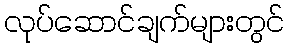
လုပ်ဆောင်ချက်များတွင်